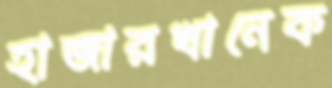
হাজারখানেক